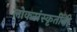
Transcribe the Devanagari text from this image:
लोकसंस्कृतींनी